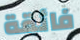
فائقة